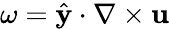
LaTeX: {\omega=\hat{\mathbf{y}}\cdot\nabla\times\mathbf{u}}